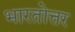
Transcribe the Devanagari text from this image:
भारतोत्तर